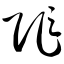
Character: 阼